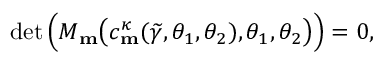
\operatorname* { d e t } \Big ( M _ { \mathbf { m } } \big ( c _ { \mathbf { m } } ^ { \kappa } ( \widetilde { \gamma } , \theta _ { 1 } , \theta _ { 2 } ) , \theta _ { 1 } , \theta _ { 2 } \big ) \Big ) = 0 ,